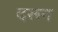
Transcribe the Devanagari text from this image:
दरून